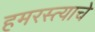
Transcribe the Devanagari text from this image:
हमरस्त्याचे